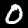
Digit: 0